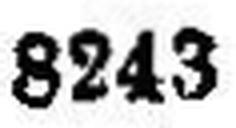
8243